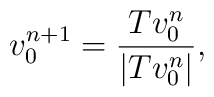
v^{n+1}_0 = \frac{T v^{n}_0}{|T v^{n}_0|},